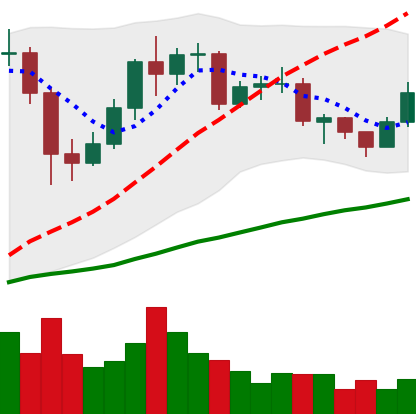
Ticker: LTC-USD
Chart end date: 2020-12-13
Forward return: 33.395%
Label: up_7plus